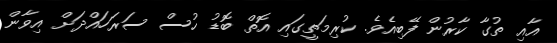
އާއި ތުގާ ކާރުން ފޭބިއެވެ. ކުރިމަތީގައި އޮތް ބޮޑު ހުސް ސަރަހައްދަށް އިވާން